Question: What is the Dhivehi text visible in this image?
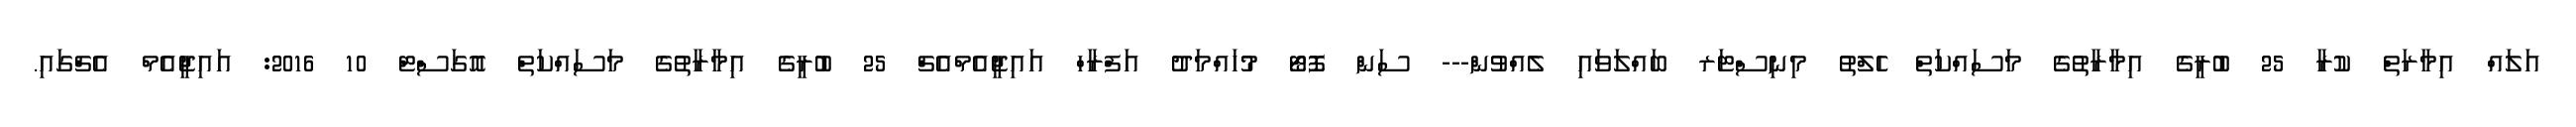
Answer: އަލައް އިމާރަތް ކުރާ 25 ބުރީގެ އިމާރާތުގެ މަސައްކަތް ހެލްތު މިނިސްޓަރ ބައްލަވައި ލެއްވުން--- ސަން ފޮޓޯ މުހައްމަދު އަފްރާހް އައިޖީއެމްއެޗް 25 ބުރީގެ އިމާރާތުގެ މަސައްކަތް އޮގަސްޓް 10 2016: އައިޖީއެމް އެޗްގައި.